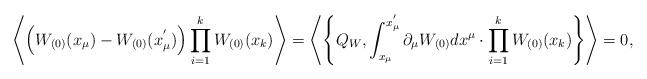
LaTeX: \begin{align*}\left\langle \left(W_{(0)}(x_{\mu}) - W_{(0)}(x_{\mu}^{'})\right) \prod_{i=1}^{k} W_{(0)}(x_{k}) \right\rangle = \left\langle \left\{ Q_{W}, \int_{x_{\mu}}^{x_{\mu}^{'}} \partial_{\mu}W_{(0)} dx^{\mu} \cdot \prod_{i=1}^{k} W_{(0)}(x_{k})\right\} \right\rangle = 0,\end{align*}